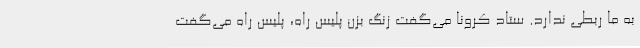
به ما ربطی ندارد. ستاد کرونا می‌گفت زنگ بزن پلیس راه، پلیس راه می‌گفت